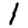
Digit: 1